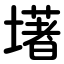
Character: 墸